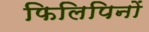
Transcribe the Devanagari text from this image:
फिलिपिनों